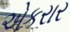
એકરાર